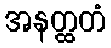
အနတ္ထတံ